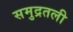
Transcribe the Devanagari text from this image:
समुद्रतली